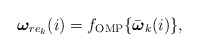
\begin{align*}\boldsymbol\omega_{re_k}(i)=f_{\textrm{OMP}}\{\bar{\boldsymbol\omega}_k(i)\},\end{align*}